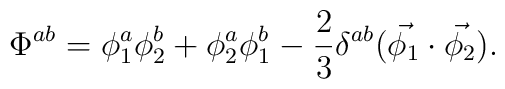
\Phi^{ab}=\phi_1^a\phi_2^b +\phi_2^a\phi_1^b-\frac{2}{3}\delta^{ab}(\vec{\phi_1}\cdot\vec{\phi_2}).